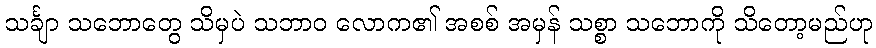
သင်္ချာ သဘောတွေ သိမှပဲ သဘာဝ လောက၏ အစစ် အမှန် သစ္စာ သဘောကို သိတော့မည်ဟု